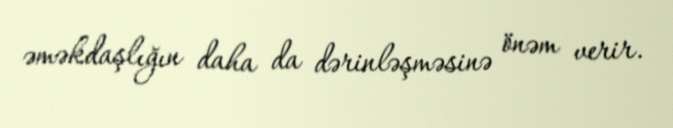
əməkdaşlığın daha da dərinləşməsinə önəm verir.